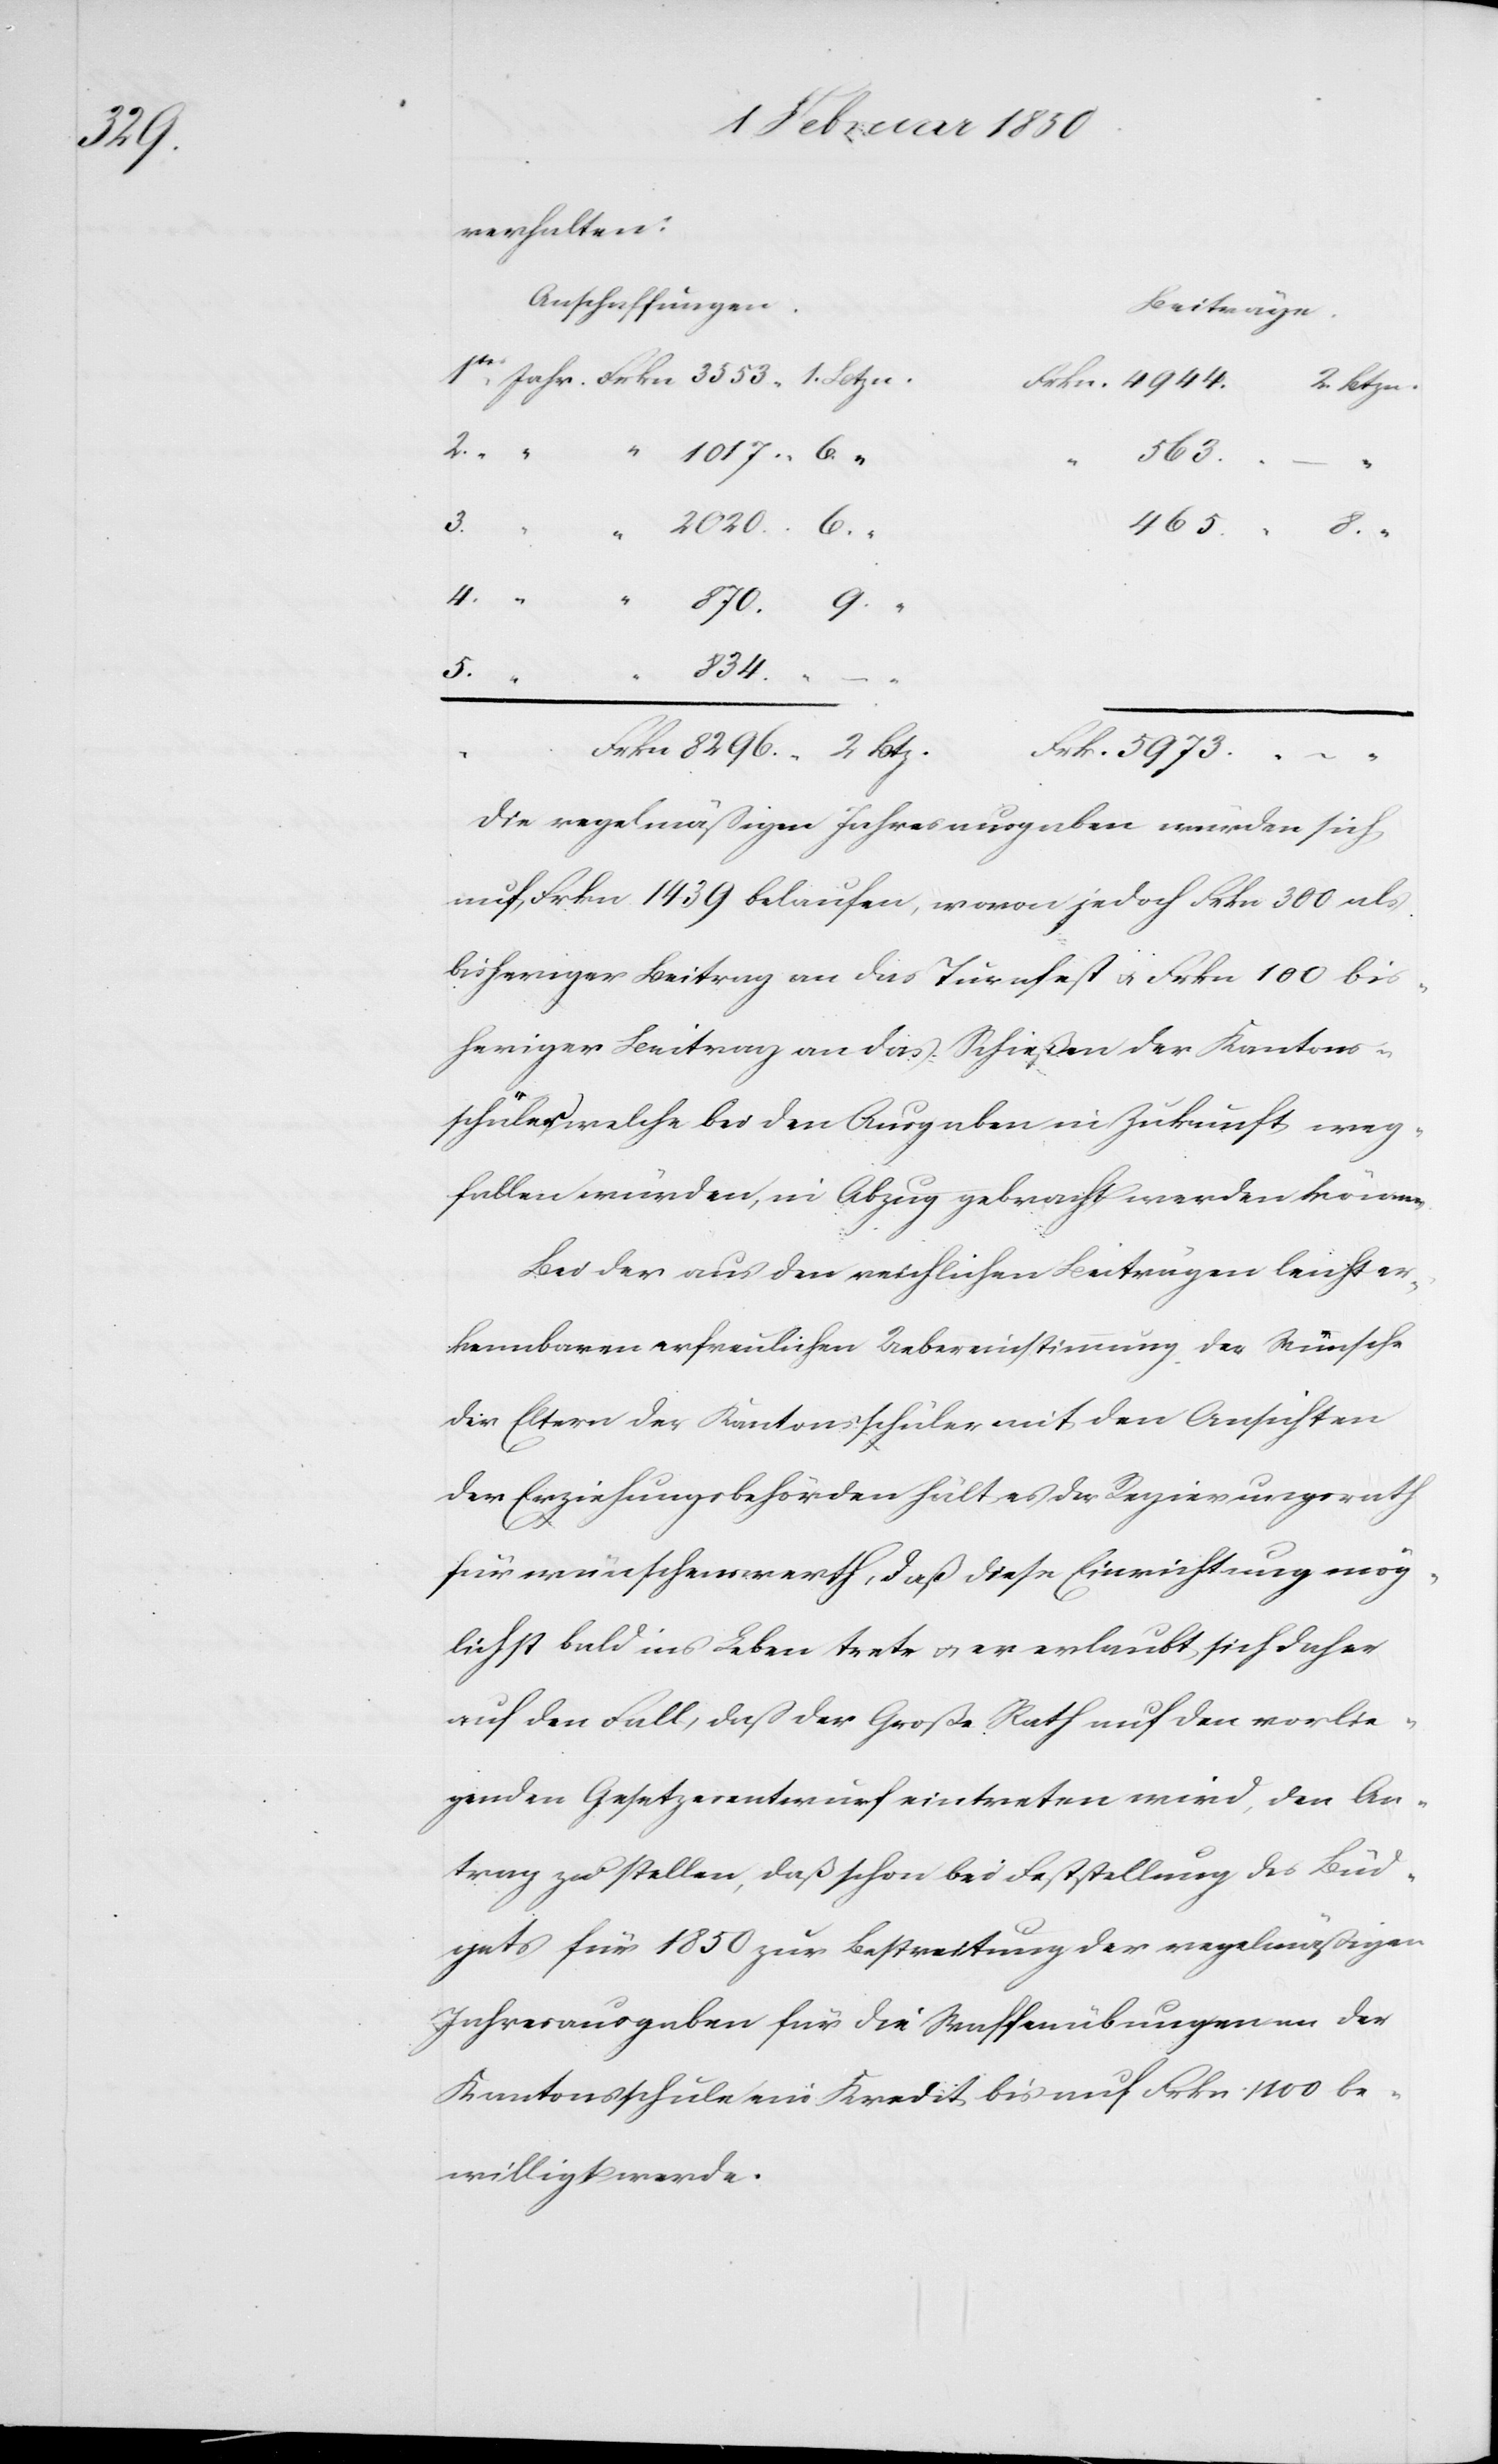
5973.

verhalten:
Anschaffungen.
Beiträge.
1.
465.
Frk.
–
3.
4.
5.
834.
6.
9.
Die regelmäßigen Jahresausgaben würden sich
auf Frkn 1439 belaufen, wovon jedoch Frkn 300 als
bisheriger Beitrag an das Turnfest u. Frkn 100 bis¬
heriger Beitrag an das Schießen der Kantons¬
schüler welche bei den Ausgaben in Zukunft weg¬
fallen würden, in Abzug gebracht werden können.
Bei der aus den reichlichen Beiträgen leicht er¬
kennbaren erfreulichen Uebereinstimmung der Wünsche
der Eltern der Kantonsschüler mit den Ansichten
der Erziehungsbehörden hält es der Regierungsrath
für wünschenswerth, daß diese Einrichtung mög¬
lichst bald ins Leben trete u. er erlaubt sich daher
auf den Fall, daß der Große Rath auf den vorlie¬
genden Gesetzesentwurf eintreten wird, den An¬
trag zu stellen, daß schon bei Feststellung des Büd¬
gets für 1850 zur Bestreitung der regelmäßigen
Jahresausgaben für die Waffenübungen an der
Kantonsschule ein Kredit bis auf Frkn 1100 be¬
willigt werde.